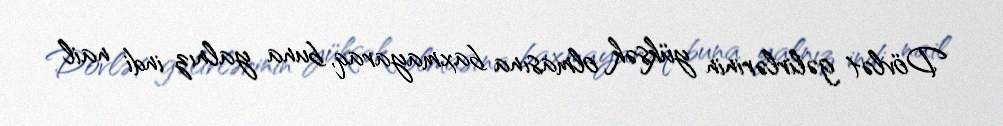
Dövlət gəlirlərinin yüksək olmasına baxmayaraq, buna yalnız indi nail